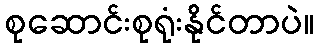
စုဆောင်းစုရုံးနိုင်တာပဲ။